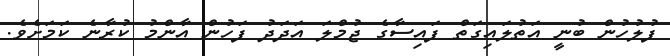
ފުލުހުން ބުނީ އަތުލައިގަތް ފައިސާގެ ޖުމްލަ އަދަދު ފަހުން އާންމު ކުރާނެ ކަމަށެވެ.